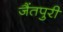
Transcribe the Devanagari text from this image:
जैंतपुरी